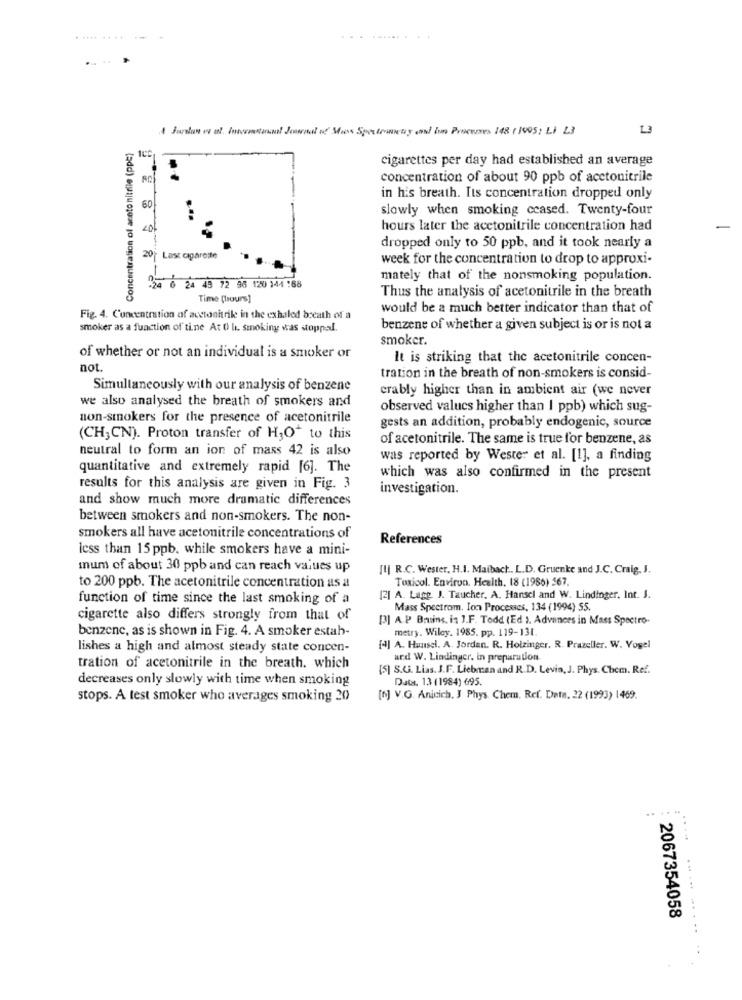
... ..
A Jurndon os al. inovastaraof Journal of Moos Spostenweg und inn Processes 148 ( 1905: LI 23
13
Concentration of aceto nitrile (ppc]
cigarettes per day had established an average
concentration of about 90 ppb of acetonitrile
in his breath. Its concentration dropped only
60
slowly when smoking ceased. Twenty-four
hours later the acetonitrile concentration had
dropped only to 50 ppb, and it took nearly a
20% Last cigarette
week for the concentration to drop to approxi-
mately that of the nonsmoking population.
20 0 24 43 72 96 120 144 :68
Thus the analysis of acetonitrile in the breath
Time (hours]
would be a much better indicator than that of
Fig. 4. Concentration of acetonitrile in the exhaled breath of a
smoker as a function of tine At 0 h. smoking was stoppal.
benzene of whether a given subject is or is not a
smoker.
of whether or not an individual is a smoker or
It is striking that the acetonitrile concen-
not.
tration in the breath of non-smokers is consid-
Simultaneously with our analysis of benzene
crably higher than in ambient air (we never
we also analysed the breath of smokers and
observed values higher than I ppb) which sug-
non-smokers for the presence of acetonitrile
gests an addition, probably endogenic, source
(CH;CN). Proton transfer of H3O+ to this
of acetonitrile. The same is true for benzene, as
neutral to form an ion of mass 42 is also
was reported by Wester et al. [1], a finding
quantitative and extremely rapid [6]. The
which was also confirmed in the present
results for this analysis are given in Fig. 3
investigation.
and show much more dramatic differences
between smokers and non-smokers. The non-
smokers all have acetonitrile concentrations of
References
less than 15 ppb. while smokers have a mini-
mum of about 30 ppb and can reach values up
[1] R.C. Wester, H.I. Maibach .. L.D. Gruenke and J.C. Craig, J.
Toxicol. Environ. Health, 18 (1986) 567.
to 200 ppb. The acetonitrile concentration as a
function of time since the last smoking of a
[2] A. Lagg. J. Taucher, A. Hansel and W. Lindinger, Int. J.
Mass Spectrom. Ion Processes, 134 (1994) S5.
cigarette also differs strongly from that of
[3] A.P Bruins, is ].F. Todd (Ed ). Advances in Mass Spectro-
benzene, as is shown in Fig. 4. A smoker estab-
metry. Wiley. 1985. pp. 119-131.
lishes a high and almost steady state concen-
[4] A. Hunsel. A. Jordan. R. Holzinger. R. Prazeller. W. Vogel
and W. Lindinger. in preparation
tration of acetonitrile in the breath. which
[5] S.U. Lias. J.F. Liebman and R.D. Levin, J. Phys. Chem. Ref.
decreases only slowly with time when smoking
Data. 13 (1984) 695.
stops. A test smoker who averages smoking 20
[6] V.G. Anicich. ] Phys Chem. Ref. Data. 22 (1993) |469.
......
......
2067354058
......